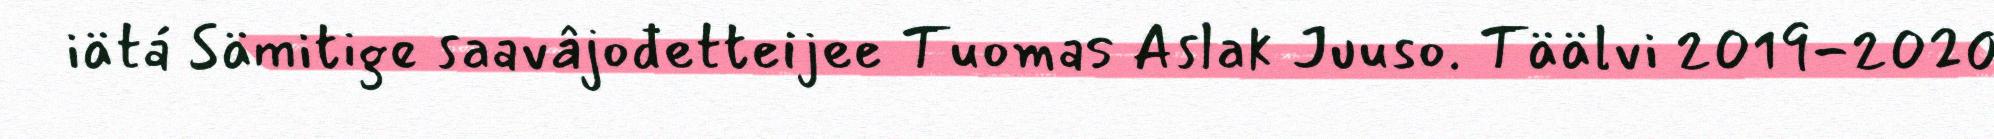
iätá Sämitige saavâjođetteijee Tuomas Aslak Juuso. Täälvi 2019-2020